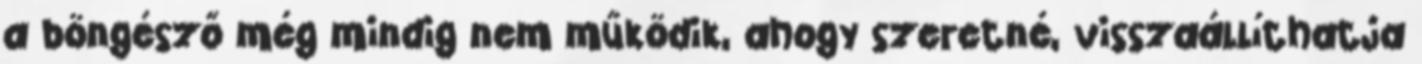
a böngésző még mindig nem működik, ahogy szeretné, visszaállíthatja